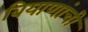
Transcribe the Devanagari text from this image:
बियाणांची